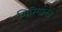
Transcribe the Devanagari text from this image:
गिरिमानंद